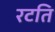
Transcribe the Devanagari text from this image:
रटति